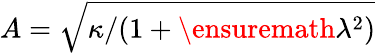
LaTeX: A=\sqrt{\kappa/(1+\ensuremath{\lambda}^{2})}